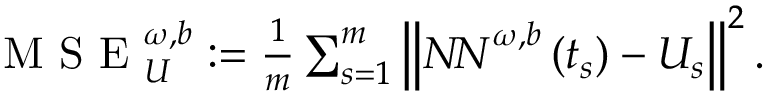
\begin{array} { r } { \mathrm { ~ M ~ S ~ E ~ } _ { U } ^ { \omega , b } : = \frac { 1 } { m } \sum _ { s = 1 } ^ { m } \left\| { N \! N } ^ { \omega , b } \left( t _ { s } \right) - { U } _ { s } \right\| ^ { 2 } . } \end{array}